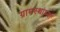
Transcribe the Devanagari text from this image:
ग्रामस्‍थांच्‍या